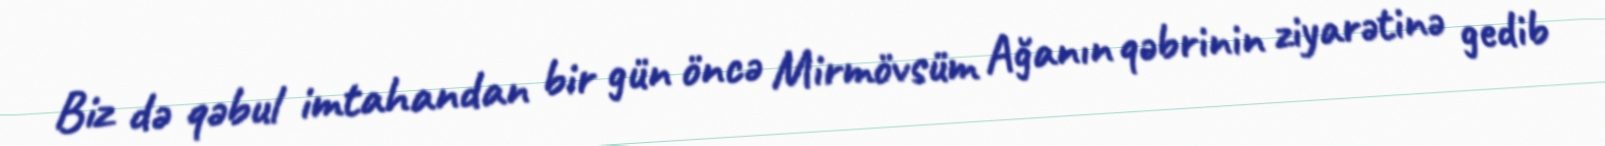
Biz də qəbul imtahandan bir gün öncə Mirmövsüm Ağanın qəbrinin ziyarətinə gedib